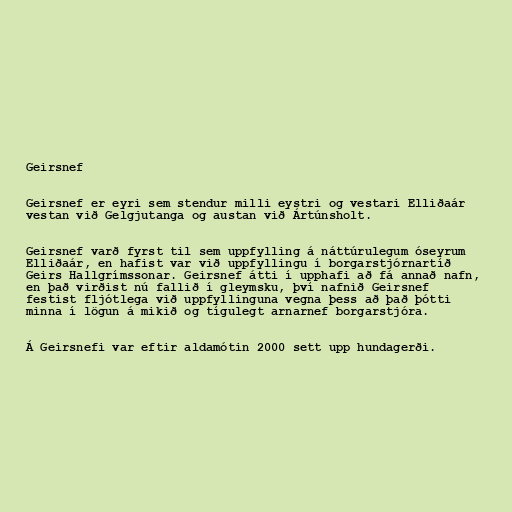
Geirsnef

Geirsnef er eyri sem stendur milli eystri og vestari Elliðaár
vestan við Gelgjutanga og austan við Ártúnsholt.

Geirsnef varð fyrst til sem uppfylling á náttúrulegum óseyrum
Elliðaár, en hafist var við uppfyllingu í borgarstjórnartíð
Geirs Hallgrímssonar. Geirsnef átti í upphafi að fá annað nafn,
en það virðist nú fallið í gleymsku, því nafnið Geirsnef
festist fljótlega við uppfyllinguna vegna þess að það þótti
minna í lögun á mikið og tígulegt arnarnef borgarstjóra.

Á Geirsnefi var eftir aldamótin 2000 sett upp hundagerði.